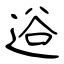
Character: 逧